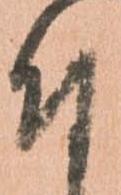
付